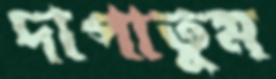
দাপাতুম